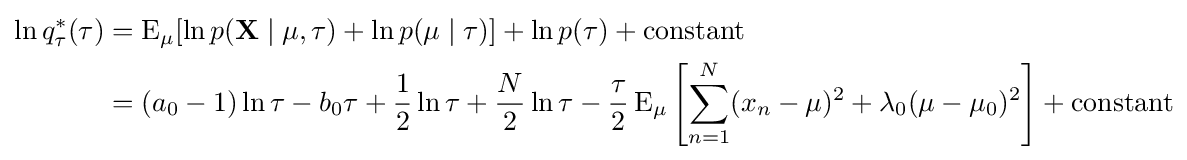
{\begin{aligned}\ln q_{\tau }^{*}(\tau )&=\operatorname {E} _{\mu }[\ln p(\mathbf {X} \mid \mu ,\tau )+\ln p(\mu \mid \tau )]+\ln p(\tau )+{\text{constant}}\\&=(a_{0}-1)\ln \tau -b_{0}\tau +{\frac {1}{2}}\ln \tau +{\frac {N}{2}}\ln \tau -{\frac {\tau }{2}}\operatorname {E} _{\mu }\left[\sum _{n=1}^{N}(x_{n}-\mu )^{2}+\lambda _{0}(\mu -\mu _{0})^{2}\right]+{\text{constant}}\end{aligned}}